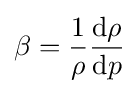
\beta ={\frac {1}{\rho }}{\frac {\mathrm {d} \rho }{\mathrm {d} p}}